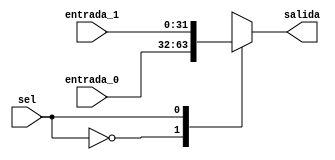
`timescale 1ns / 1ps
//////////////////////////////////////////////////////////////////////////////////
// Company: 
// Engineer: 
// 
// Design Name: 
// Module Name:    mux_ex 
// Project Name: 
// Target Devices: 
// Tool versions: 
// Description: 
//
// Dependencies: 
//
// Revision: 
// Revision 0.01 - File Created
// Additional Comments: 
//
//////////////////////////////////////////////////////////////////////////////////

module mux_ex(
    input [31:0] entrada_0,
    input [31:0] entrada_1,
    input sel,
    output [31:0] salida
    );
	 
	 reg [31:0] aux = 0;
	 
	 always @(*)
	 begin
		case (sel)
		0:
			aux = entrada_0;
		1:
			aux = entrada_1;		
		endcase
	 end

assign salida = aux;

endmodule